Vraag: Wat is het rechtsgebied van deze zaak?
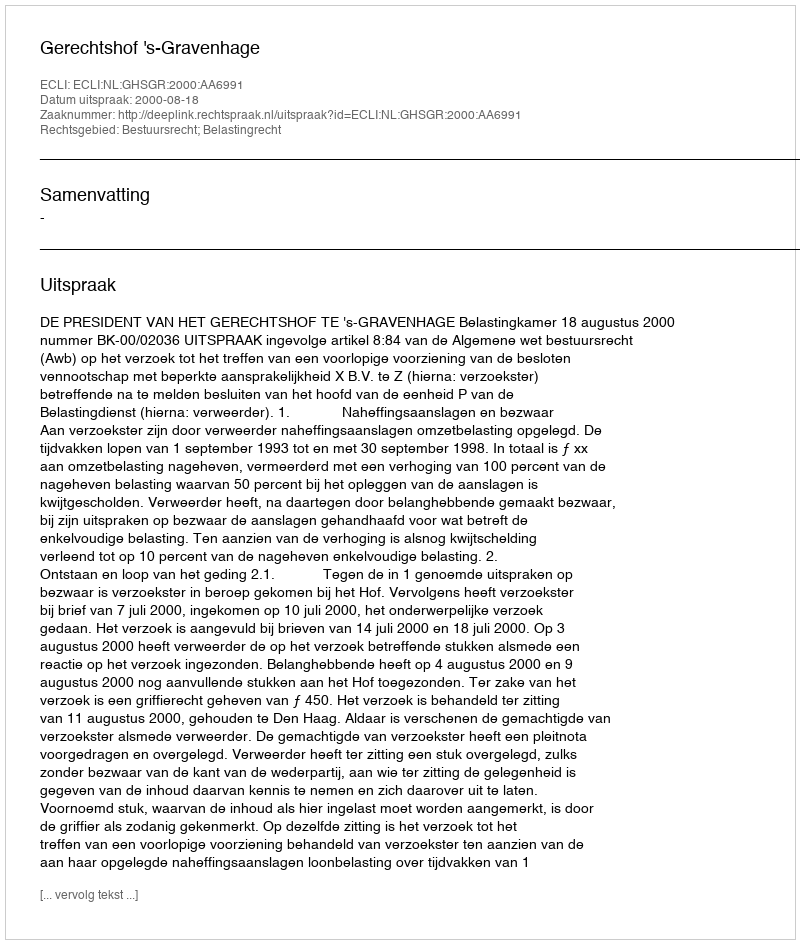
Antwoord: Bestuursrecht; Belastingrecht